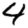
Digit: 4